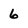
Character: 6